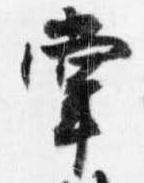
掌